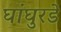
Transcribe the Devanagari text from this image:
घांघुरडे